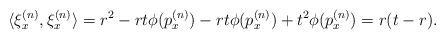
LaTeX: \begin{align*}\langle \xi_x^{(n)}, \xi_x^{(n)}\rangle=r^2-rt\phi(p_x^{(n)})-rt\phi(p_x^{(n)})+t^2\phi(p_x^{(n)})=r(t-r).\end{align*}